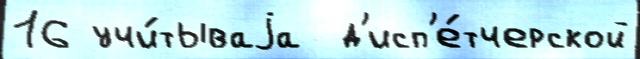
16 учи́тываjа  д'исп'е́тчерской